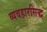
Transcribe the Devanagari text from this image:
व्यवहारसिद्ध